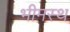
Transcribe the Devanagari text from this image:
भीमस्थ